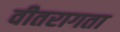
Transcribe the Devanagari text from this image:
वीतरागता